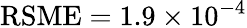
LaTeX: \operatorname{RSME}=1.9\times 10^{-4}